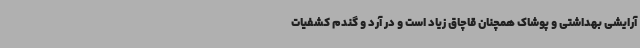
آرایشی بهداشتی و پوشاک همچنان قاچاق زیاد است و در آرد و گندم کشفیات